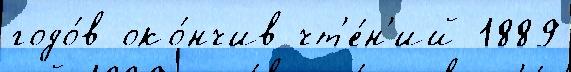
годо́в око́нчив чт'е́н'ий 1889